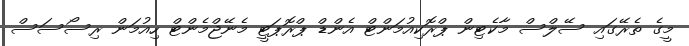
މީގެ ތެރޭގައި ސޭލްސް މާކެޓިން ޕްރޮކިއުމަންޓް އެންޑް ޕްރޮޕަޓީ މެނޭޖްމެންޓް ހިއުމަން ރިސޯސަސް